Annual administration report of the Civil Veterinary Department of India - 1902-1903
Year: 1902
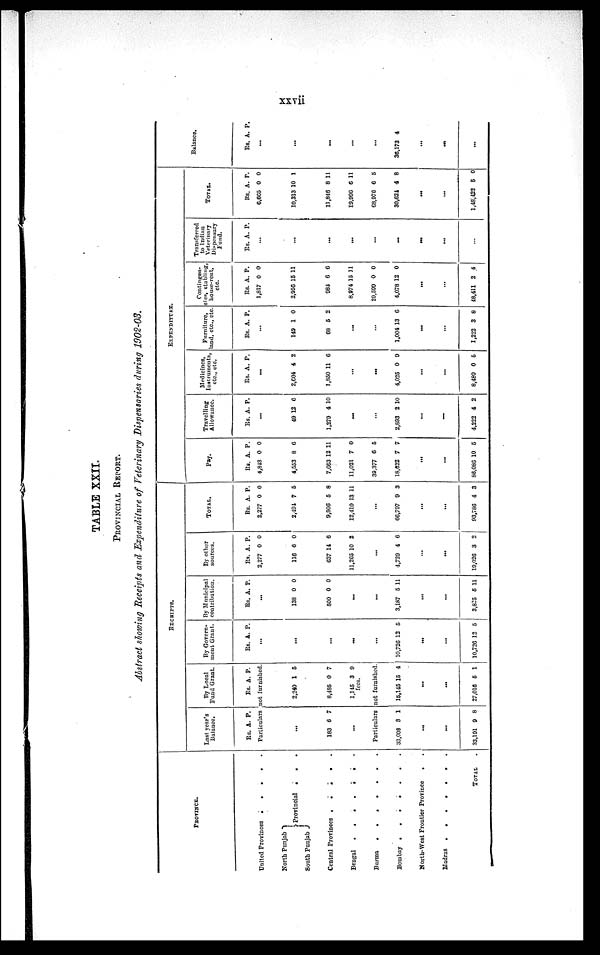
xxvii
TABLE XXII.
PROVINCIAL REPORT.
Abstract showing Receipts and Expenditure of Veterinary Dispensaries during 1902-03.
PROVINCE.
United Provinces
.
.
.
.
.
North Punjab
South Punjab
Provincial
.
.
.
Central Provinces .
.
.
.
.
Bengal
.
.
.
.
.
Burma
.
.
.
.
.
.
.
Bombay
.
.
.
.
.
.
.
North-West Frontier Province
. .
Madras .
.
.
.
.
.
.
TOTAL .
RECEIPTS.
Last year's
Balance.
Rs. A. P.
By Local
Fund Grant.
Rs. A. P.
Particulars not furnished.
...
183 6 7
...
2,240
8,485
1,145
fees.
1
0
3
5
7
9
Particulars not furnished.
33,008 3 1
...
...
33,101 9 8
15,145 15 4
...
...
27,016 5 1
By Govern
ment Grant.
Rs. A. P.
...
...
...
...
...
10,726 12 5
...
...
10,720 12 5
By Municipal
contribution.
Rs. A. P.
...
138
500
0
0
0
0
...
...
3,187 5 11
...
...
3,825 5 11
By other
sources.
Rs.
2,277
116
637
11,205
A.
0
6
14
10
P.
0
0
6
2
...
4,729 4 6
...
...
19,026 3 2
TOTAL.
Rs.
2,277
2,191
9,806
12,410
A.
0
7
5
13
P.
0
5
8
11
...
66,797 9 3
...
...
93,786 4 3
EXPENDITURE.
Pay.
Rs.
4,813
4,553
7,663
11,021
39,377
18,622
A.
0
8
12
7
6
7
P.
0
6
11
0
5
7
...
...
86,086 10 5
Travelling
Allowance.
Rs. A. P.
...
49
1,279
12
4
6
10
...
...
2,893 2 10
...
...
4,222 4 2
Medicines
Instruments
etc., etc.
Rs. A. P.
...
2,604
1,850
4
11
2
6
...
...
4,025 0 9
...
...
8,480 0 5
Furniture
land, etc., etc.
Rs. A. P.
...
149
68
1
5
0
2
...
...
1,004 13 6
...
...
1,222 3 8
Contigen
cies, stablling
house-rent
etc.
Rs.
1,817
2,956
984
8,974
29,599
4,078
A.
0
15
6
15
0
12
P.
0
11
6
11
0
0
...
...
48,411 2 4
Transferred
to Indian
Veterinary
Dispensary
Fund.
Rs. A. P.
...
...
...
...
...
...
...
...
...
TOTAL.
Rs.
6,665
10,313
11,846
19,996
68,976
30,624
A.
0
10
8
6
6
4
P.
0
1
11
11
5
8
...
...
1,48,422 5 0
Balance.
Rs. A. P.
...
...
...
...
...
36,173 4
...
...
...